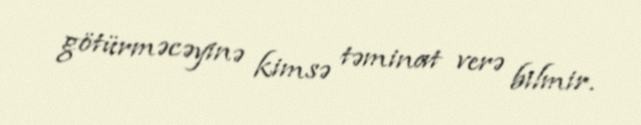
götürməcəyinə kimsə təminat verə bilmir.